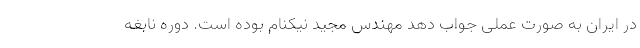
در ایران به صورت عملی جواب دهد مهندس مجید نیکنام بوده است. دوره نابغه